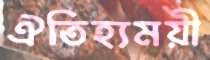
ঐতিহ্যময়ী